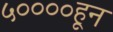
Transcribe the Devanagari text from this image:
५००००हून